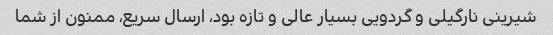
شیرینی نارگیلی و گردویی بسیار عالی و تازه بود، ارسال سریع، ممنون از شما